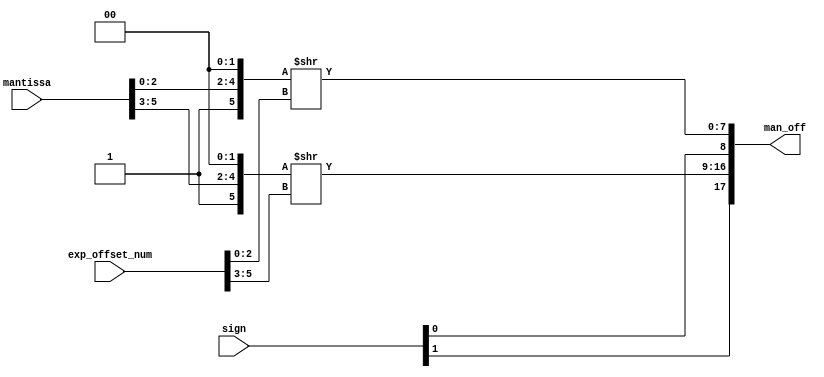
module man_shifter_2 #(
  parameter expWidth   = 3,
  parameter sigWidth   = 3,
  parameter low_expand = 2
) (
  input  [             (expWidth*2-1) : 0] exp_offset_num,
  input  [             (sigWidth*2-1) : 0] mantissa,
  input  [                            1:0] sign,
  output [(sigWidth+4+low_expand)*2-1 : 0] man_off
);

  genvar i;
  generate
    for (i = 0; i < 2; i = i + 1) begin
      assign man_off[(sigWidth+4+low_expand)*(i+1)-2 : (sigWidth+4+low_expand)*i] = 
      {3'b001 , mantissa[sigWidth*i+sigWidth-1-:sigWidth] , {low_expand{1'b0}}} >> exp_offset_num[expWidth*i+expWidth-1-:expWidth];
    end
  endgenerate

  generate
    for (i = 0; i < 2; i = i + 1) begin
      assign man_off[(sigWidth+4+low_expand)*(i+1)-1] = sign[i];
    end
  endgenerate

endmodule